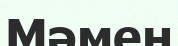
Мәмен